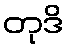
တုဒိ